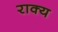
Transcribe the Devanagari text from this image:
राक्य